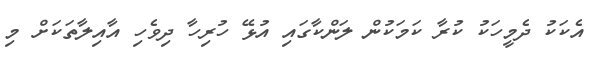
އެކަކު ދެމީހަކު ކުރާ ކަމަކުން ލަންކާގައި އުޅޭ ހުރިހާ ދިވެހި އާއިލާތަކަށް މި